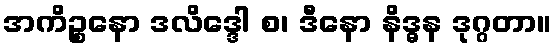
အကိဉ္စနော ဒလိဒ္ဒေါ စ၊ ဒီနော နိဒ္ဓန ဒုဂ္ဂတာ။